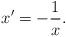
LaTeX: \begin{align*}x'=-\frac{1}{x}.\end{align*}